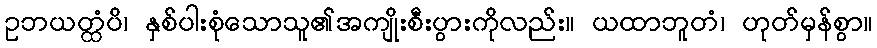
ဥဘယတ္ထံပိ၊ နှစ်ပါးစုံသောသူ၏အကျိုးစီးပွားကိုလည်း။ ယထာဘူတံ၊ ဟုတ်မှန်စွာ။